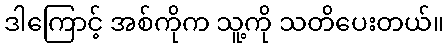
ဒါကြောင့် အစ်ကိုက သူ့ကို သတိပေးတယ်။